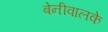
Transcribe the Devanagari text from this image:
बेनीवालके